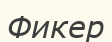
Фикер